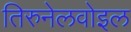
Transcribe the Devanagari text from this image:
तिरुनेलवोइल